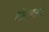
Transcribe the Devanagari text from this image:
शोसणारा